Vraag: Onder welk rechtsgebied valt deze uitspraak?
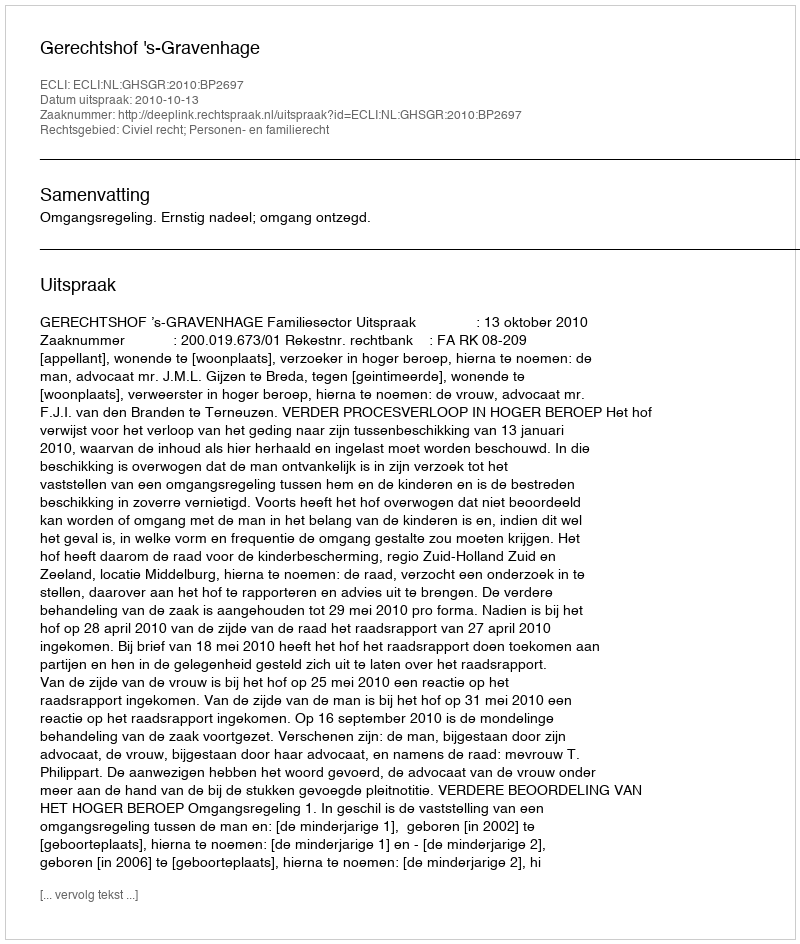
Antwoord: Civiel recht; Personen- en familierecht